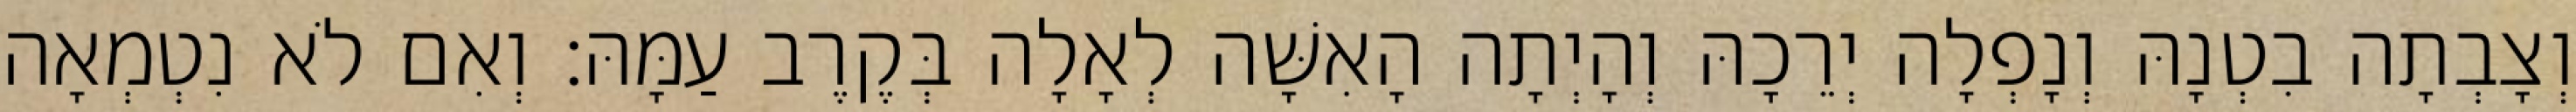
וְצָבְתָה בִטְנָהּ וְנָפְלָה יְרֵכָהּ וְהָיְתָה הָאִשָּׁה לְאָלָה בְּקֶרֶב עַמָּהּ׃ וְאִם לֹא נִטְמְאָה